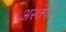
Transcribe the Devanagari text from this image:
अस्तंगते